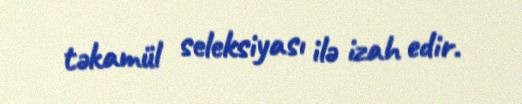
təkamül seleksiyası ilə izah edir.